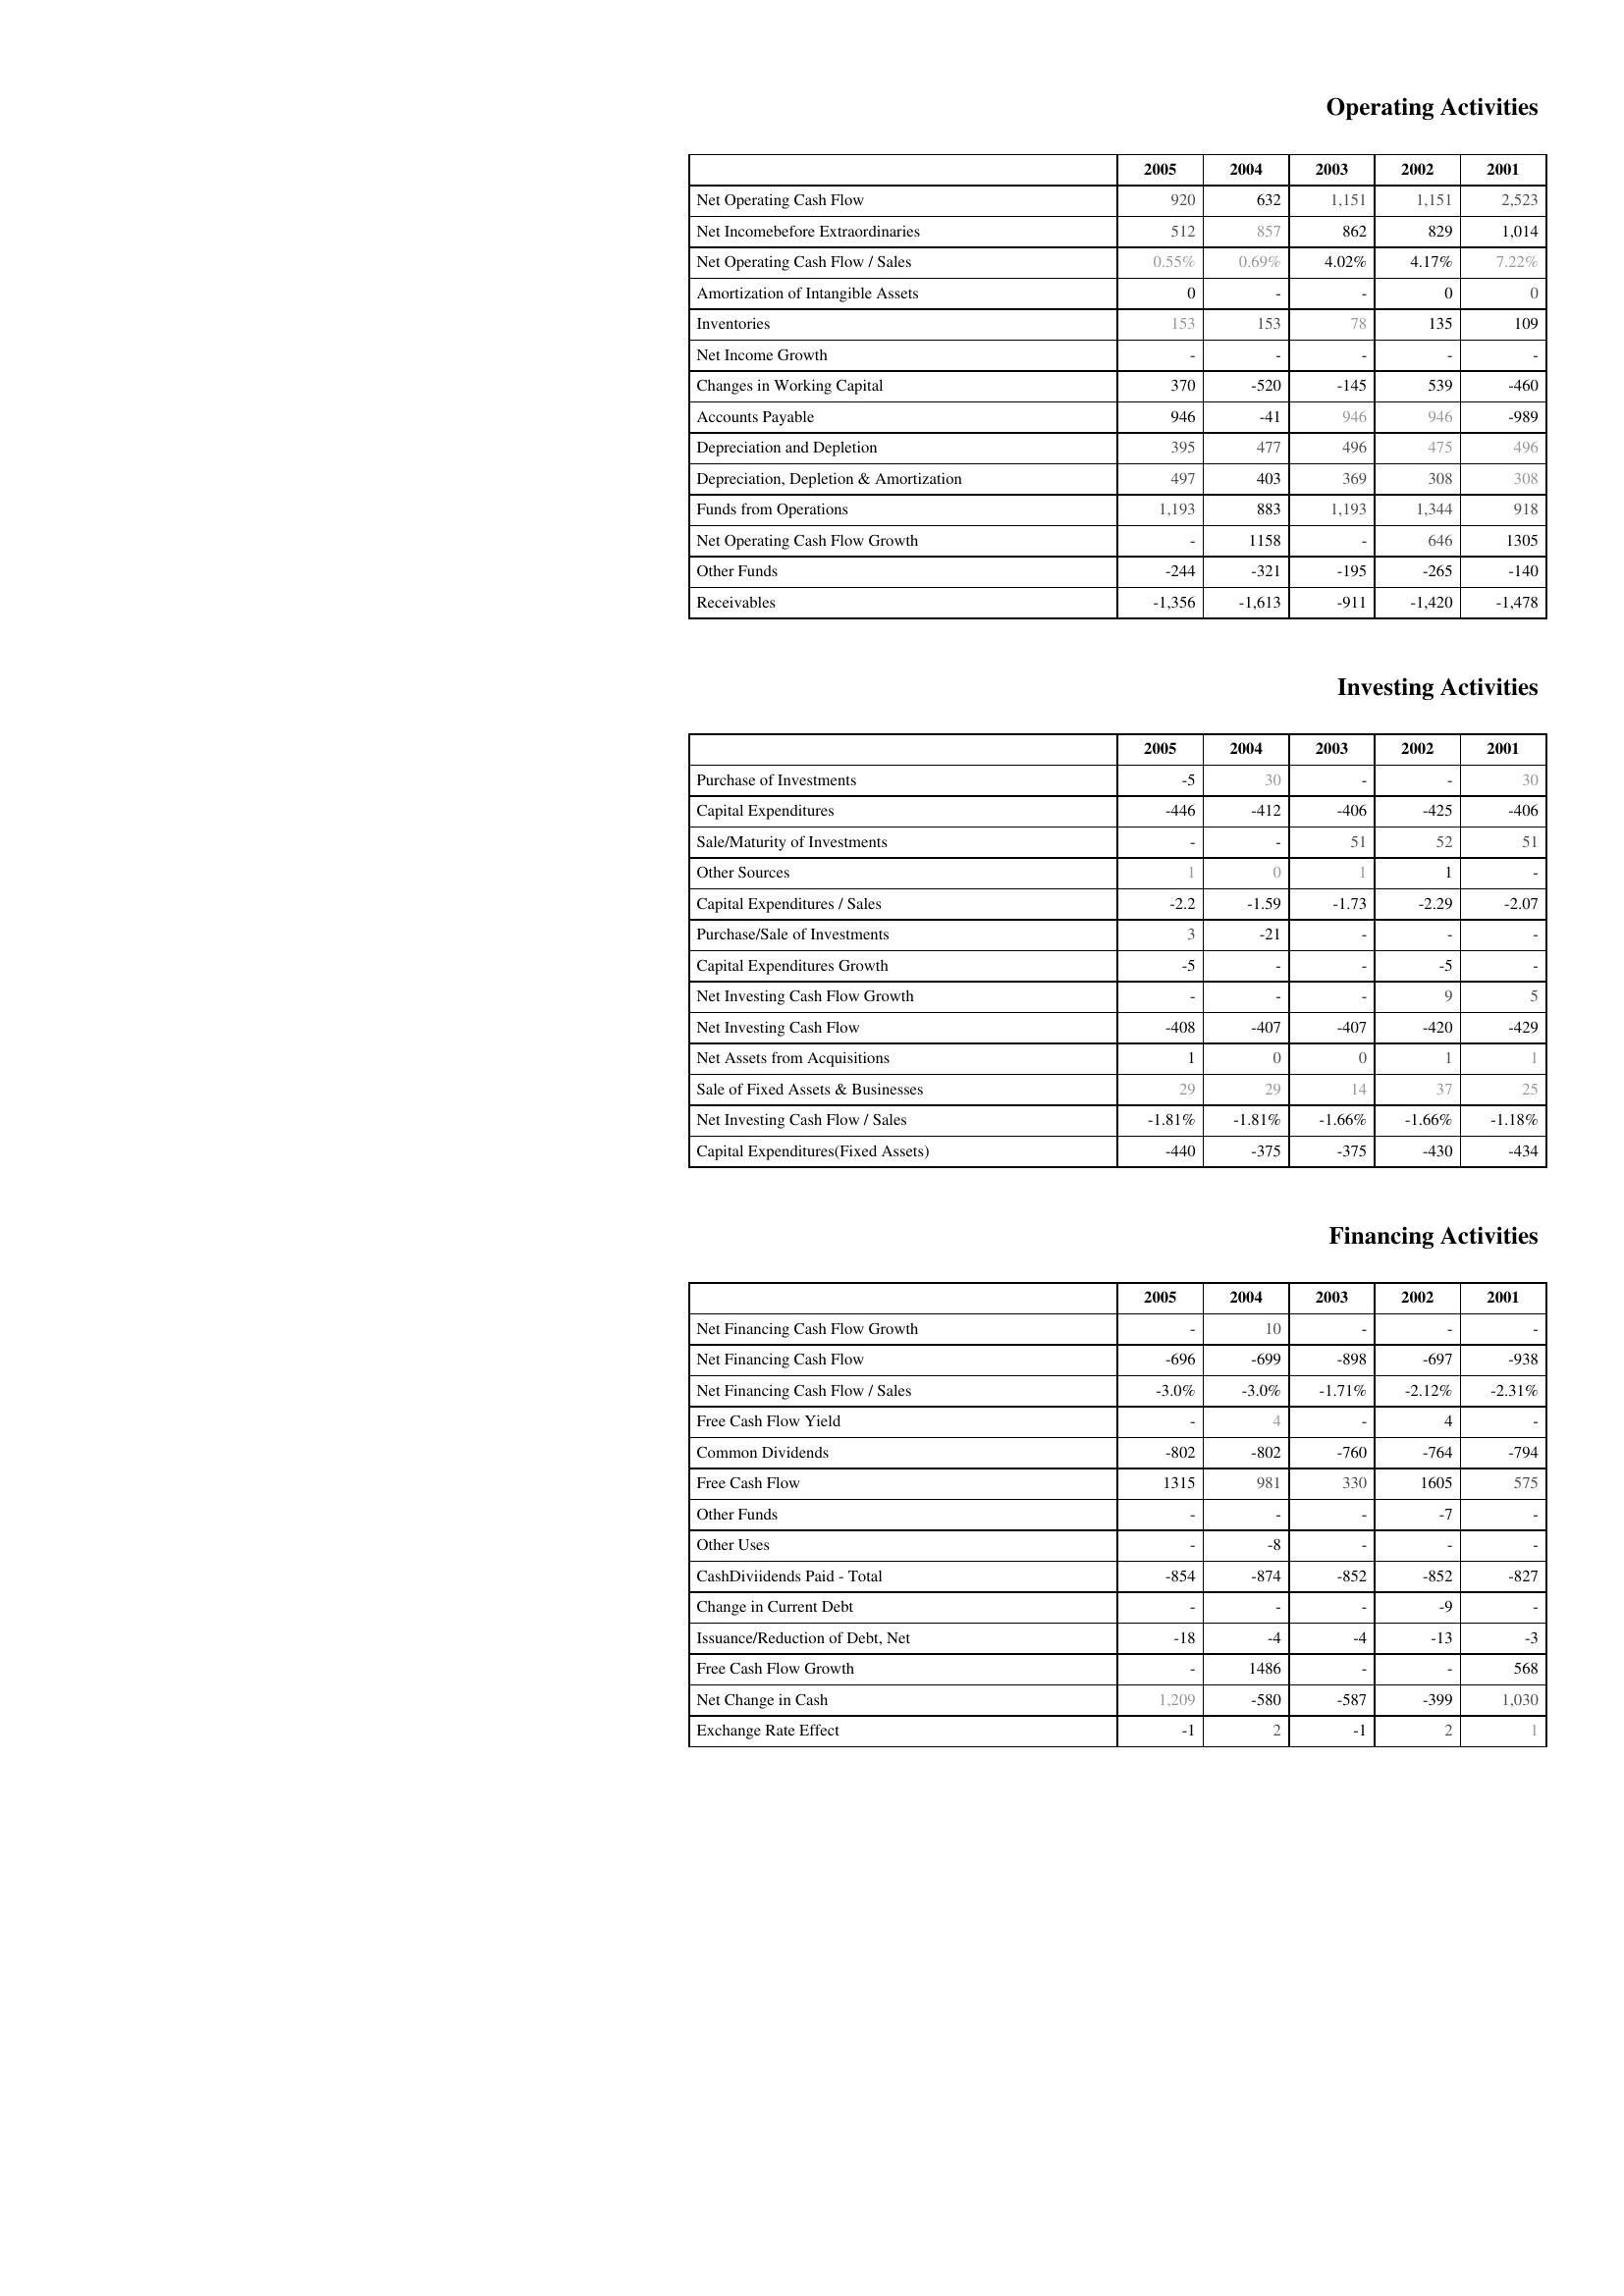
2005: Operating Activities: Net Operating Cash Flow: 920
Net Incomebefore Extraordinaries: 512
Net Operating Cash Flow / Sales: 0.55%
Amortization of Intangible Assets: 0
Inventories: 153
Net Income Growth: -
Changes in Working Capital: 370
Accounts Payable: 946
Depreciation and Depletion: 395
Depreciation, Depletion & Amortization: 497
Funds from Operations: 1,193
Net Operating Cash Flow Growth: -
Other Funds: -244
Receivables: -1,356
Investing Activities: Purchase of Investments: -5
Capital Expenditures: -446
Sale/Maturity of Investments: -
Other Sources: 1
Capital Expenditures / Sales: -2.2
Purchase/Sale of Investments: 3
Capital Expenditures Growth: -5
Net Investing Cash Flow Growth: -
Net Investing Cash Flow: -408
Net Assets from Acquisitions: 1
Sale of Fixed Assets & Businesses: 29
Net Investing Cash Flow / Sales: -1.81%
Capital Expenditures(Fixed Assets): -440
Financing Activities: Net Financing Cash Flow Growth: -
Net Financing Cash Flow: -696
Net Financing Cash Flow / Sales: -3.0%
Free Cash Flow Yield: -
Common Dividends: -802
Free Cash Flow: 1315
Other Funds: -
Other Uses: -
CashDiviidends Paid - Total: -854
Change in Current Debt: -
Issuance/Reduction of Debt, Net: -18
Free Cash Flow Growth: -
Net Change in Cash: 1,209
Exchange Rate Effect: -1
2004: Operating Activities: Net Operating Cash Flow: 632
Net Incomebefore Extraordinaries: 857
Net Operating Cash Flow / Sales: 0.69%
Amortization of Intangible Assets: -
Inventories: 153
Net Income Growth: -
Changes in Working Capital: -520
Accounts Payable: -41
Depreciation and Depletion: 477
Depreciation, Depletion & Amortization: 403
Funds from Operations: 883
Net Operating Cash Flow Growth: 1158
Other Funds: -321
Receivables: -1,613
Investing Activities: Purchase of Investments: 30
Capital Expenditures: -412
Sale/Maturity of Investments: -
Other Sources: 0
Capital Expenditures / Sales: -1.59
Purchase/Sale of Investments: -21
Capital Expenditures Growth: -
Net Investing Cash Flow Growth: -
Net Investing Cash Flow: -407
Net Assets from Acquisitions: 0
Sale of Fixed Assets & Businesses: 29
Net Investing Cash Flow / Sales: -1.81%
Capital Expenditures(Fixed Assets): -375
Financing Activities: Net Financing Cash Flow Growth: 10
Net Financing Cash Flow: -699
Net Financing Cash Flow / Sales: -3.0%
Free Cash Flow Yield: 4
Common Dividends: -802
Free Cash Flow: 981
Other Funds: -
Other Uses: -8
CashDiviidends Paid - Total: -874
Change in Current Debt: -
Issuance/Reduction of Debt, Net: -4
Free Cash Flow Growth: 1486
Net Change in Cash: -580
Exchange Rate Effect: 2
2003: Operating Activities: Net Operating Cash Flow: 1,151
Net Incomebefore Extraordinaries: 862
Net Operating Cash Flow / Sales: 4.02%
Amortization of Intangible Assets: -
Inventories: 78
Net Income Growth: -
Changes in Working Capital: -145
Accounts Payable: 946
Depreciation and Depletion: 496
Depreciation, Depletion & Amortization: 369
Funds from Operations: 1,193
Net Operating Cash Flow Growth: -
Other Funds: -195
Receivables: -911
Investing Activities: Purchase of Investments: -
Capital Expenditures: -406
Sale/Maturity of Investments: 51
Other Sources: 1
Capital Expenditures / Sales: -1.73
Purchase/Sale of Investments: -
Capital Expenditures Growth: -
Net Investing Cash Flow Growth: -
Net Investing Cash Flow: -407
Net Assets from Acquisitions: 0
Sale of Fixed Assets & Businesses: 14
Net Investing Cash Flow / Sales: -1.66%
Capital Expenditures(Fixed Assets): -375
Financing Activities: Net Financing Cash Flow Growth: -
Net Financing Cash Flow: -898
Net Financing Cash Flow / Sales: -1.71%
Free Cash Flow Yield: -
Common Dividends: -760
Free Cash Flow: 330
Other Funds: -
Other Uses: -
CashDiviidends Paid - Total: -852
Change in Current Debt: -
Issuance/Reduction of Debt, Net: -4
Free Cash Flow Growth: -
Net Change in Cash: -587
Exchange Rate Effect: -1
2002: Operating Activities: Net Operating Cash Flow: 1,151
Net Incomebefore Extraordinaries: 829
Net Operating Cash Flow / Sales: 4.17%
Amortization of Intangible Assets: 0
Inventories: 135
Net Income Growth: -
Changes in Working Capital: 539
Accounts Payable: 946
Depreciation and Depletion: 475
Depreciation, Depletion & Amortization: 308
Funds from Operations: 1,344
Net Operating Cash Flow Growth: 646
Other Funds: -265
Receivables: -1,420
Investing Activities: Purchase of Investments: -
Capital Expenditures: -425
Sale/Maturity of Investments: 52
Other Sources: 1
Capital Expenditures / Sales: -2.29
Purchase/Sale of Investments: -
Capital Expenditures Growth: -5
Net Investing Cash Flow Growth: 9
Net Investing Cash Flow: -420
Net Assets from Acquisitions: 1
Sale of Fixed Assets & Businesses: 37
Net Investing Cash Flow / Sales: -1.66%
Capital Expenditures(Fixed Assets): -430
Financing Activities: Net Financing Cash Flow Growth: -
Net Financing Cash Flow: -697
Net Financing Cash Flow / Sales: -2.12%
Free Cash Flow Yield: 4
Common Dividends: -764
Free Cash Flow: 1605
Other Funds: -7
Other Uses: -
CashDiviidends Paid - Total: -852
Change in Current Debt: -9
Issuance/Reduction of Debt, Net: -13
Free Cash Flow Growth: -
Net Change in Cash: -399
Exchange Rate Effect: 2
2001: Operating Activities: Net Operating Cash Flow: 2,523
Net Incomebefore Extraordinaries: 1,014
Net Operating Cash Flow / Sales: 7.22%
Amortization of Intangible Assets: 0
Inventories: 109
Net Income Growth: -
Changes in Working Capital: -460
Accounts Payable: -989
Depreciation and Depletion: 496
Depreciation, Depletion & Amortization: 308
Funds from Operations: 918
Net Operating Cash Flow Growth: 1305
Other Funds: -140
Receivables: -1,478
Investing Activities: Purchase of Investments: 30
Capital Expenditures: -406
Sale/Maturity of Investments: 51
Other Sources: -
Capital Expenditures / Sales: -2.07
Purchase/Sale of Investments: -
Capital Expenditures Growth: -
Net Investing Cash Flow Growth: 5
Net Investing Cash Flow: -429
Net Assets from Acquisitions: 1
Sale of Fixed Assets & Businesses: 25
Net Investing Cash Flow / Sales: -1.18%
Capital Expenditures(Fixed Assets): -434
Financing Activities: Net Financing Cash Flow Growth: -
Net Financing Cash Flow: -938
Net Financing Cash Flow / Sales: -2.31%
Free Cash Flow Yield: -
Common Dividends: -794
Free Cash Flow: 575
Other Funds: -
Other Uses: -
CashDiviidends Paid - Total: -827
Change in Current Debt: -
Issuance/Reduction of Debt, Net: -3
Free Cash Flow Growth: 568
Net Change in Cash: 1,030
Exchange Rate Effect: 1